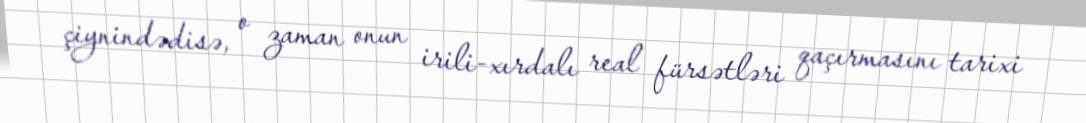
çiynindədisə, o zaman onun irili-xırdalı real fürsətləri qaçırmasını tarixi